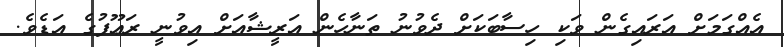
އެއްގަމަށް އަރައިގެން ވަކި ހިސާބަކަށް ދެވުނު ތަނާހެން އަރީޝާއަށް އިވުނީ ރަޢޫފުގެ އަޑެވެ.